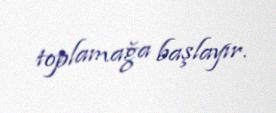
toplamağa başlayır.